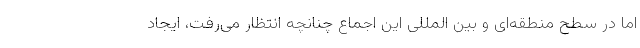
اما در سطح منطقه‌ای و بین المللی این اجماع چنانچه انتظار می‌رفت، ایجاد